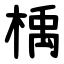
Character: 楀